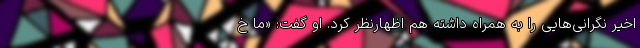
اخیر نگرانی‌هایی را به همراه داشته هم اظهارنظر کرد. او گفت: «ما خ